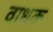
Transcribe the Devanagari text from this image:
वाधक